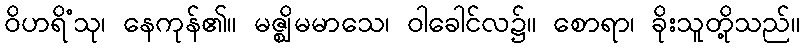
ဝိဟရိံသု၊ နေကုန်၏။ မဇ္ဈိမမာသေ၊ ဝါခေါင်လ၌။ စောရာ၊ ခိုးသူတို့သည်။